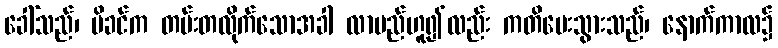
ခေါ်သည်၊ မိခင်က တမ်းတလိုက်သောအခါ လာမည်ဟူ၍လည်း ကတိပေးသွားသည်၊ နောက်ကာလ၌